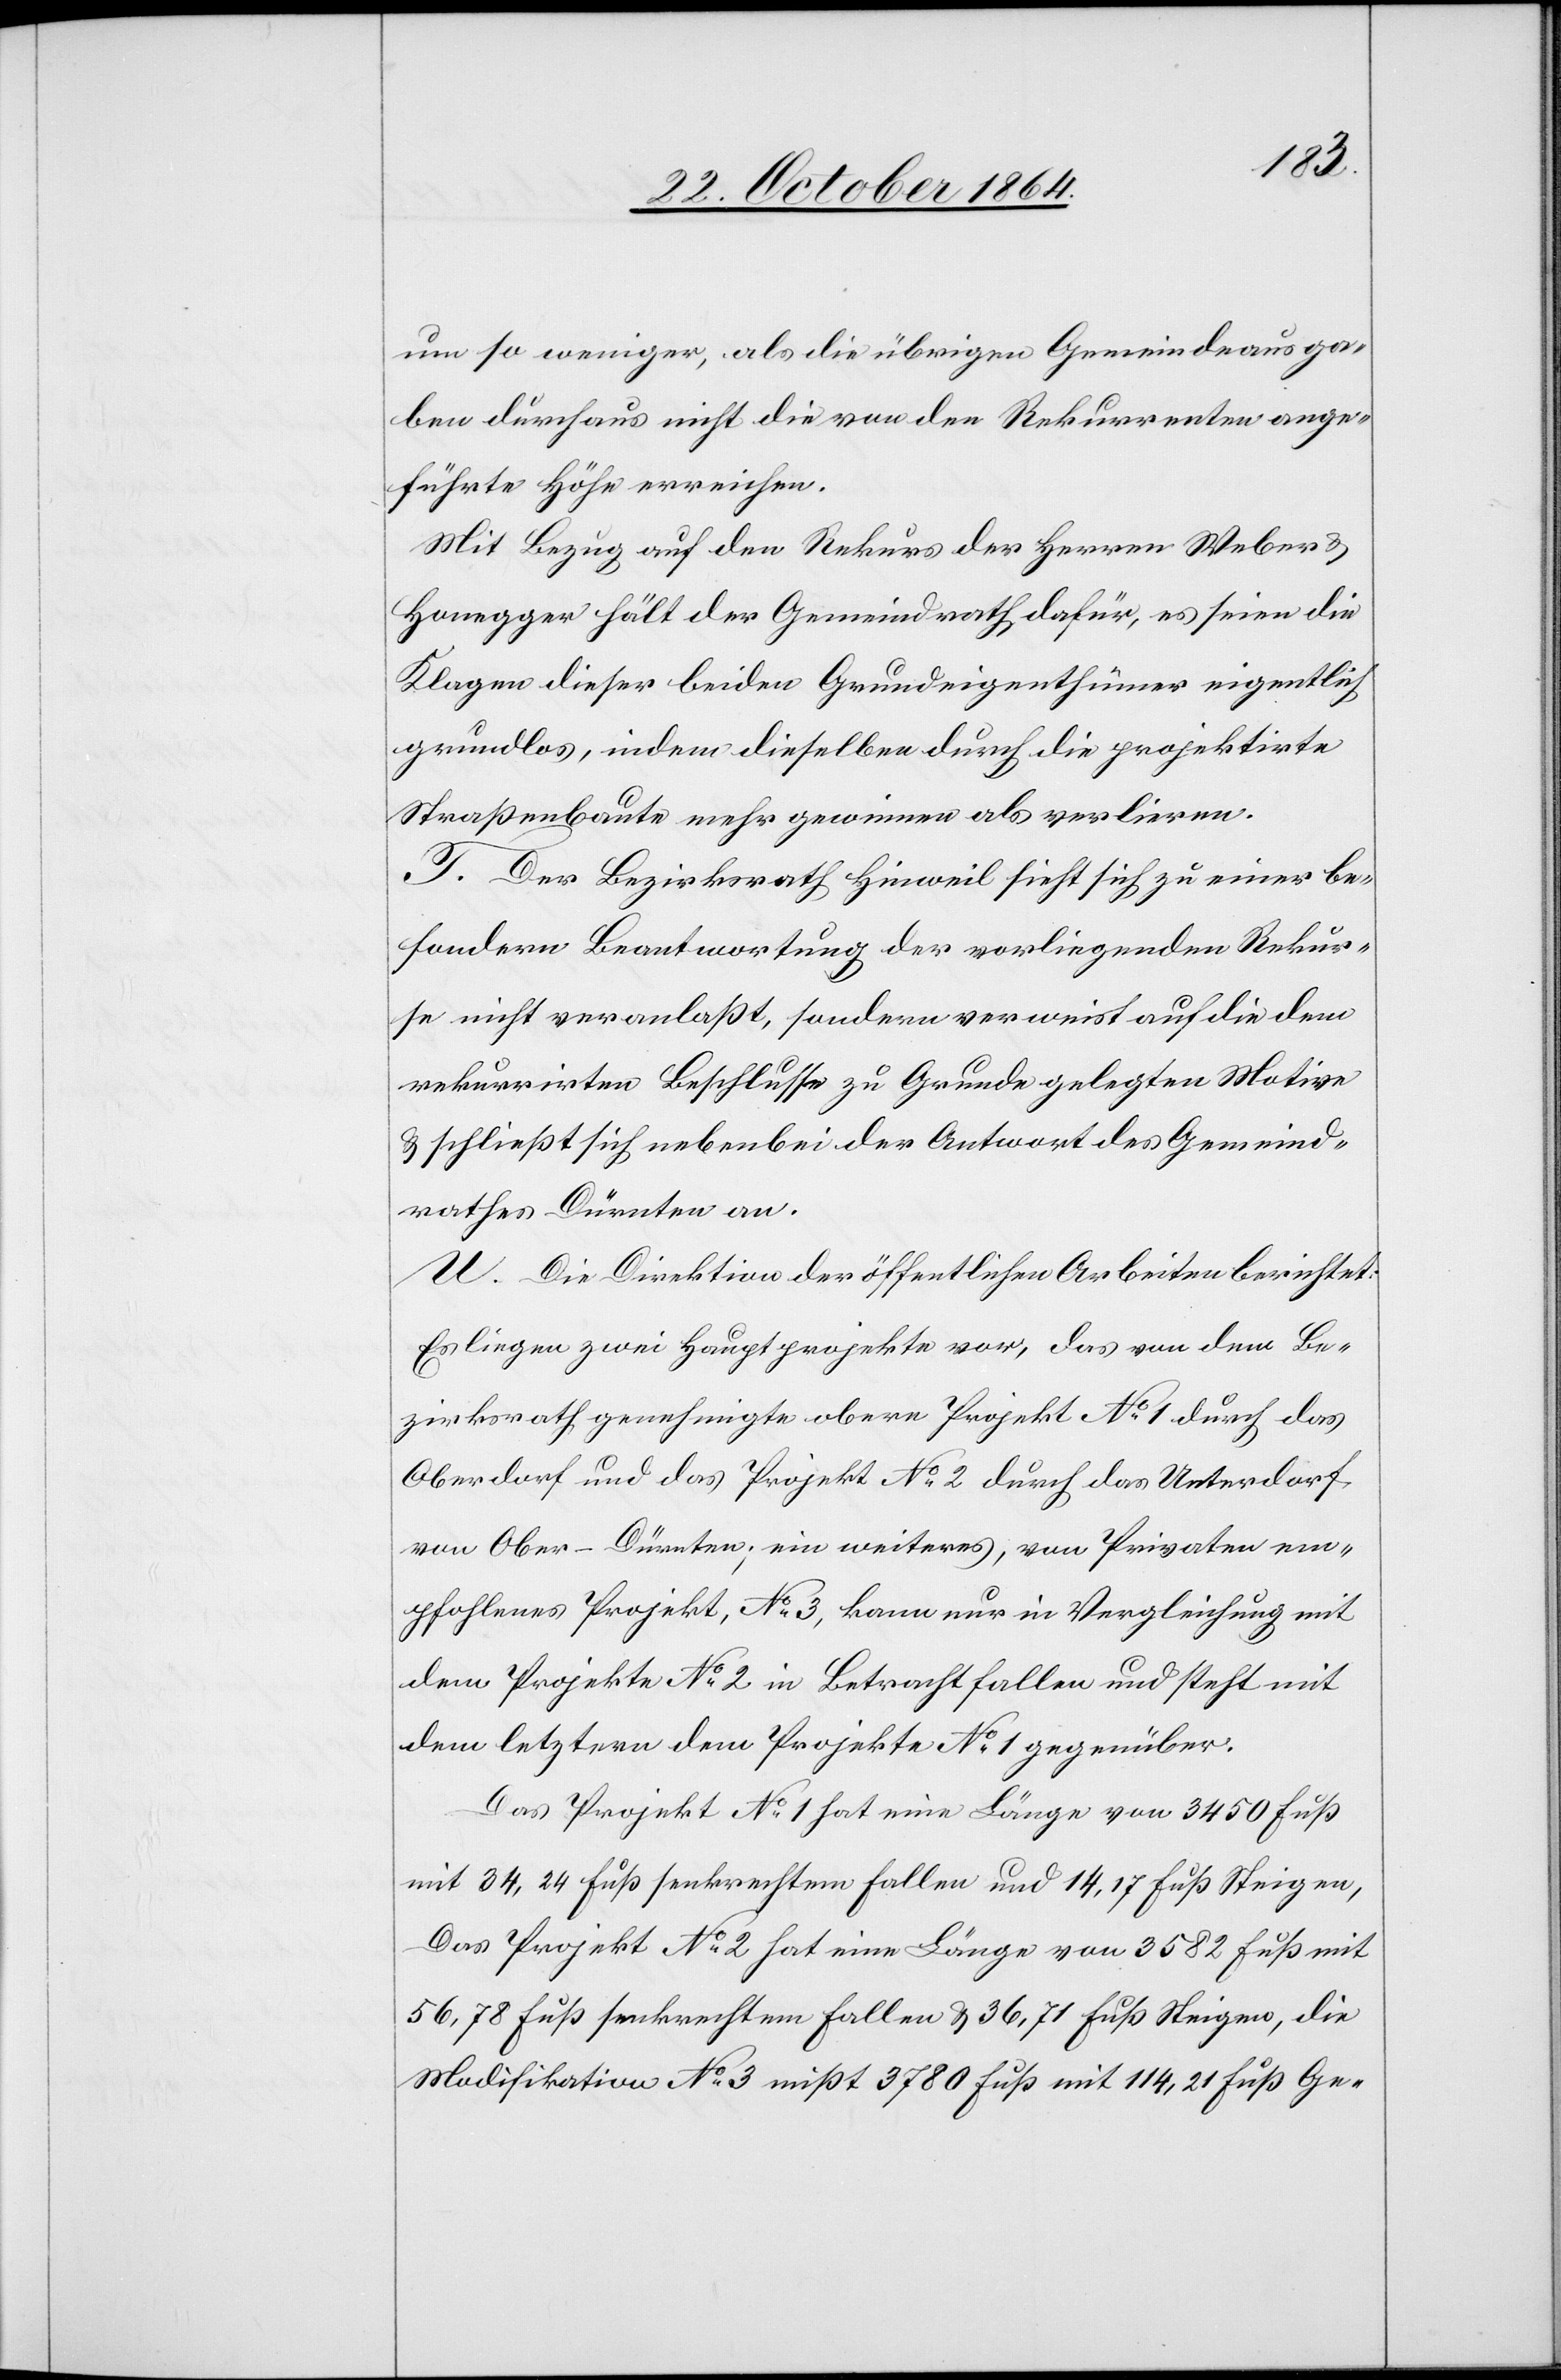
um so weniger, als die übrigen Gemeindeausga¬
ben durchaus nicht die von den Rekurrenten ange¬
führte Höhe erreichen.
Mit Bezug auf den Rekurs der Herren Weber &
Honegger hält der Gemeindrath dafür, es seien die
Klagen dieser beiden Grundeigenthümer eigentlich
grundlos, indem dieselben durch die projektirte
Straßenbaute mehr gewinnen als verlieren.
T. Der Bezirksrath Hinweil sieht sich zu einer be¬
sondern Beantwortung der vorliegenden Rekur¬
se nicht veranlaßt, sondern verweist auf die dem
rekurrirten Beschlusse zu Grunde gelegten Motive
& schließt sich nebenbei der Antwort des Gemeind¬
rathes Dürnten an.
U. Die Direktion der öffentlichen Arbeiten berichtet:
Es liegen zwei Hauptprojekte vor, das von dem Be¬
zirksrath genehmigte obere Projekt No 1 durch das
Oberdorf und das Projekt No 2 durch das Unterdorf
von Ober-Dürnten; ein weiteres, von Privaten em¬
pfohlenes Projekt, No 3, kann nur in Vergleichung mit
dem Projekte No 2 in Betracht fallen und steht mit
dem letztern dem Projekte No 1 gegenüber.
Das Projekt No 1 hat eine Länge von 3450 Fuß
mit 34,24 Fuß senkrechten Fallen und 14,17 Fuß Steigen.
Das Projekt No 2 hat eine Länge von 3582 Fuß mit
56,78 Fuß senkrechten Fallen & 36,71 Fuß Steigen, die
Modifikation No 3 mißt 3780 Fuß mit 114,21 Fuß Ge-